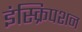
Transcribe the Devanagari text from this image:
इंस्क्रिपशन